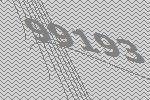
99193